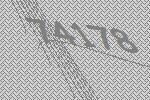
74178